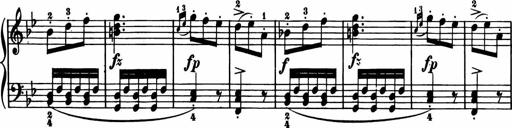
Title: 11 Sonatinas for Piano Solo
Composer: Anton Diabelli